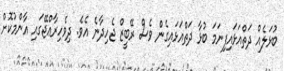
ބުޅަލެއް ދަތްއަޅައިފިނަމަ ބުޅާ ދަތްއަޅައިގެން ވެސް ރޭބީޒް ޖެހިދާނެ އެވެ. ދިވެހިރާޢްޖޭގައި އާންމުކޮށް